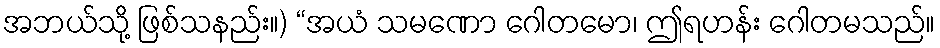
အဘယ်သို့ ဖြစ်သနည်း။) “အယံ သမဏော ဂေါတမော၊ ဤရဟန်း ဂေါတမသည်။